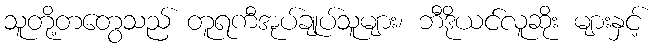
သူတို့တတွေသည် တူရကီအုပ်ချုပ်သူများ၊ ဘီဒိုယင်လူဆိုး များနှင့်